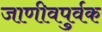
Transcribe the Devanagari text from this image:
जाणीवपुर्वक